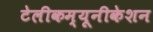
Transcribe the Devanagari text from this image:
टेलीकम्यूनीकेशन